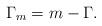
LaTeX: \begin{align*}\Gamma_m=m-\Gamma.\end{align*}